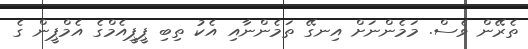
ތެރޭން ވެސް. މަމެންނަށް އިނގޭ ތަމެންނާއި އެކު ތިބި ޕީޕީއެމްގެ އެމްޕީން ގެ